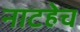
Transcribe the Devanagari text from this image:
नाटहेच